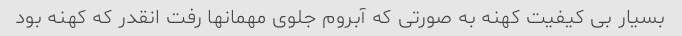
بسیار بی کیفیت کهنه به صورتی که آبروم جلوی مهمانها رفت انقدر که کهنه بود